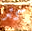
كثر